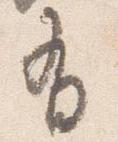
有